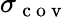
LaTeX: \sigma_{\mathrm{~c~o~v~}}